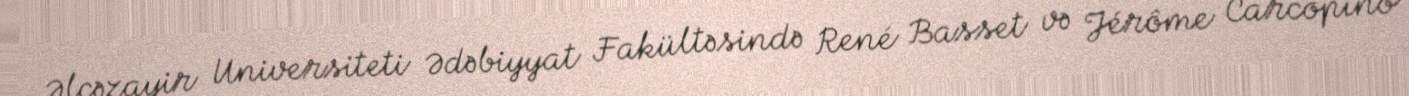
Əlcəzayir Universiteti Ədəbiyyat Fakültəsində René Basset və Jérôme Carcopino